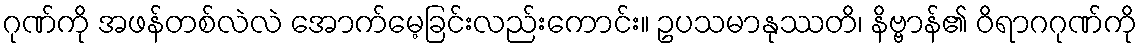
ဂုဏ်ကို အဖန်တစ်လဲလဲ အောက်မေ့ခြင်းလည်းကောင်း။ ဥပသမာနုဿတိ၊ နိဗ္ဗာန်၏ ဝိရာဂဂုဏ်ကို